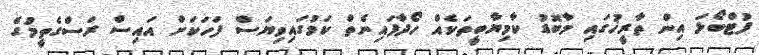
ފުޓްބޯޅަ އިން ތާރީޚުގައި މާބޮޑު ކާމިޔާބީތަކެއް ހޯދާފައިނެތް ކަމުގައިވިޔަސް ފަހަކަށް އައިސް ރަސްގެތީމުގެ